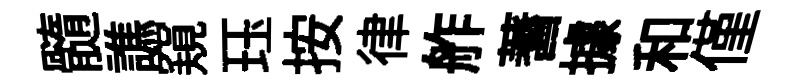
髓譙窺珏按律舴蓍據和僅